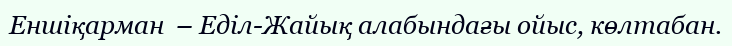
Еншіқарман  – Еділ-Жайық алабындағы ойыс, көлтабан.